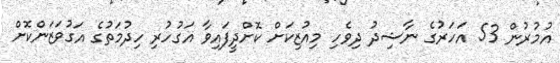
އުމުރުން 53 އަހަރުގެ ނާޝިދު ދިވެހި މިއުޒިކަށް ކޮށްދީފައިވާ އަގުހުރި ހިދުމަތުގެ އަގުވަޒަންކޮށް